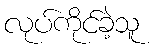
လုပ်ကိုင်ခဲ့သူ